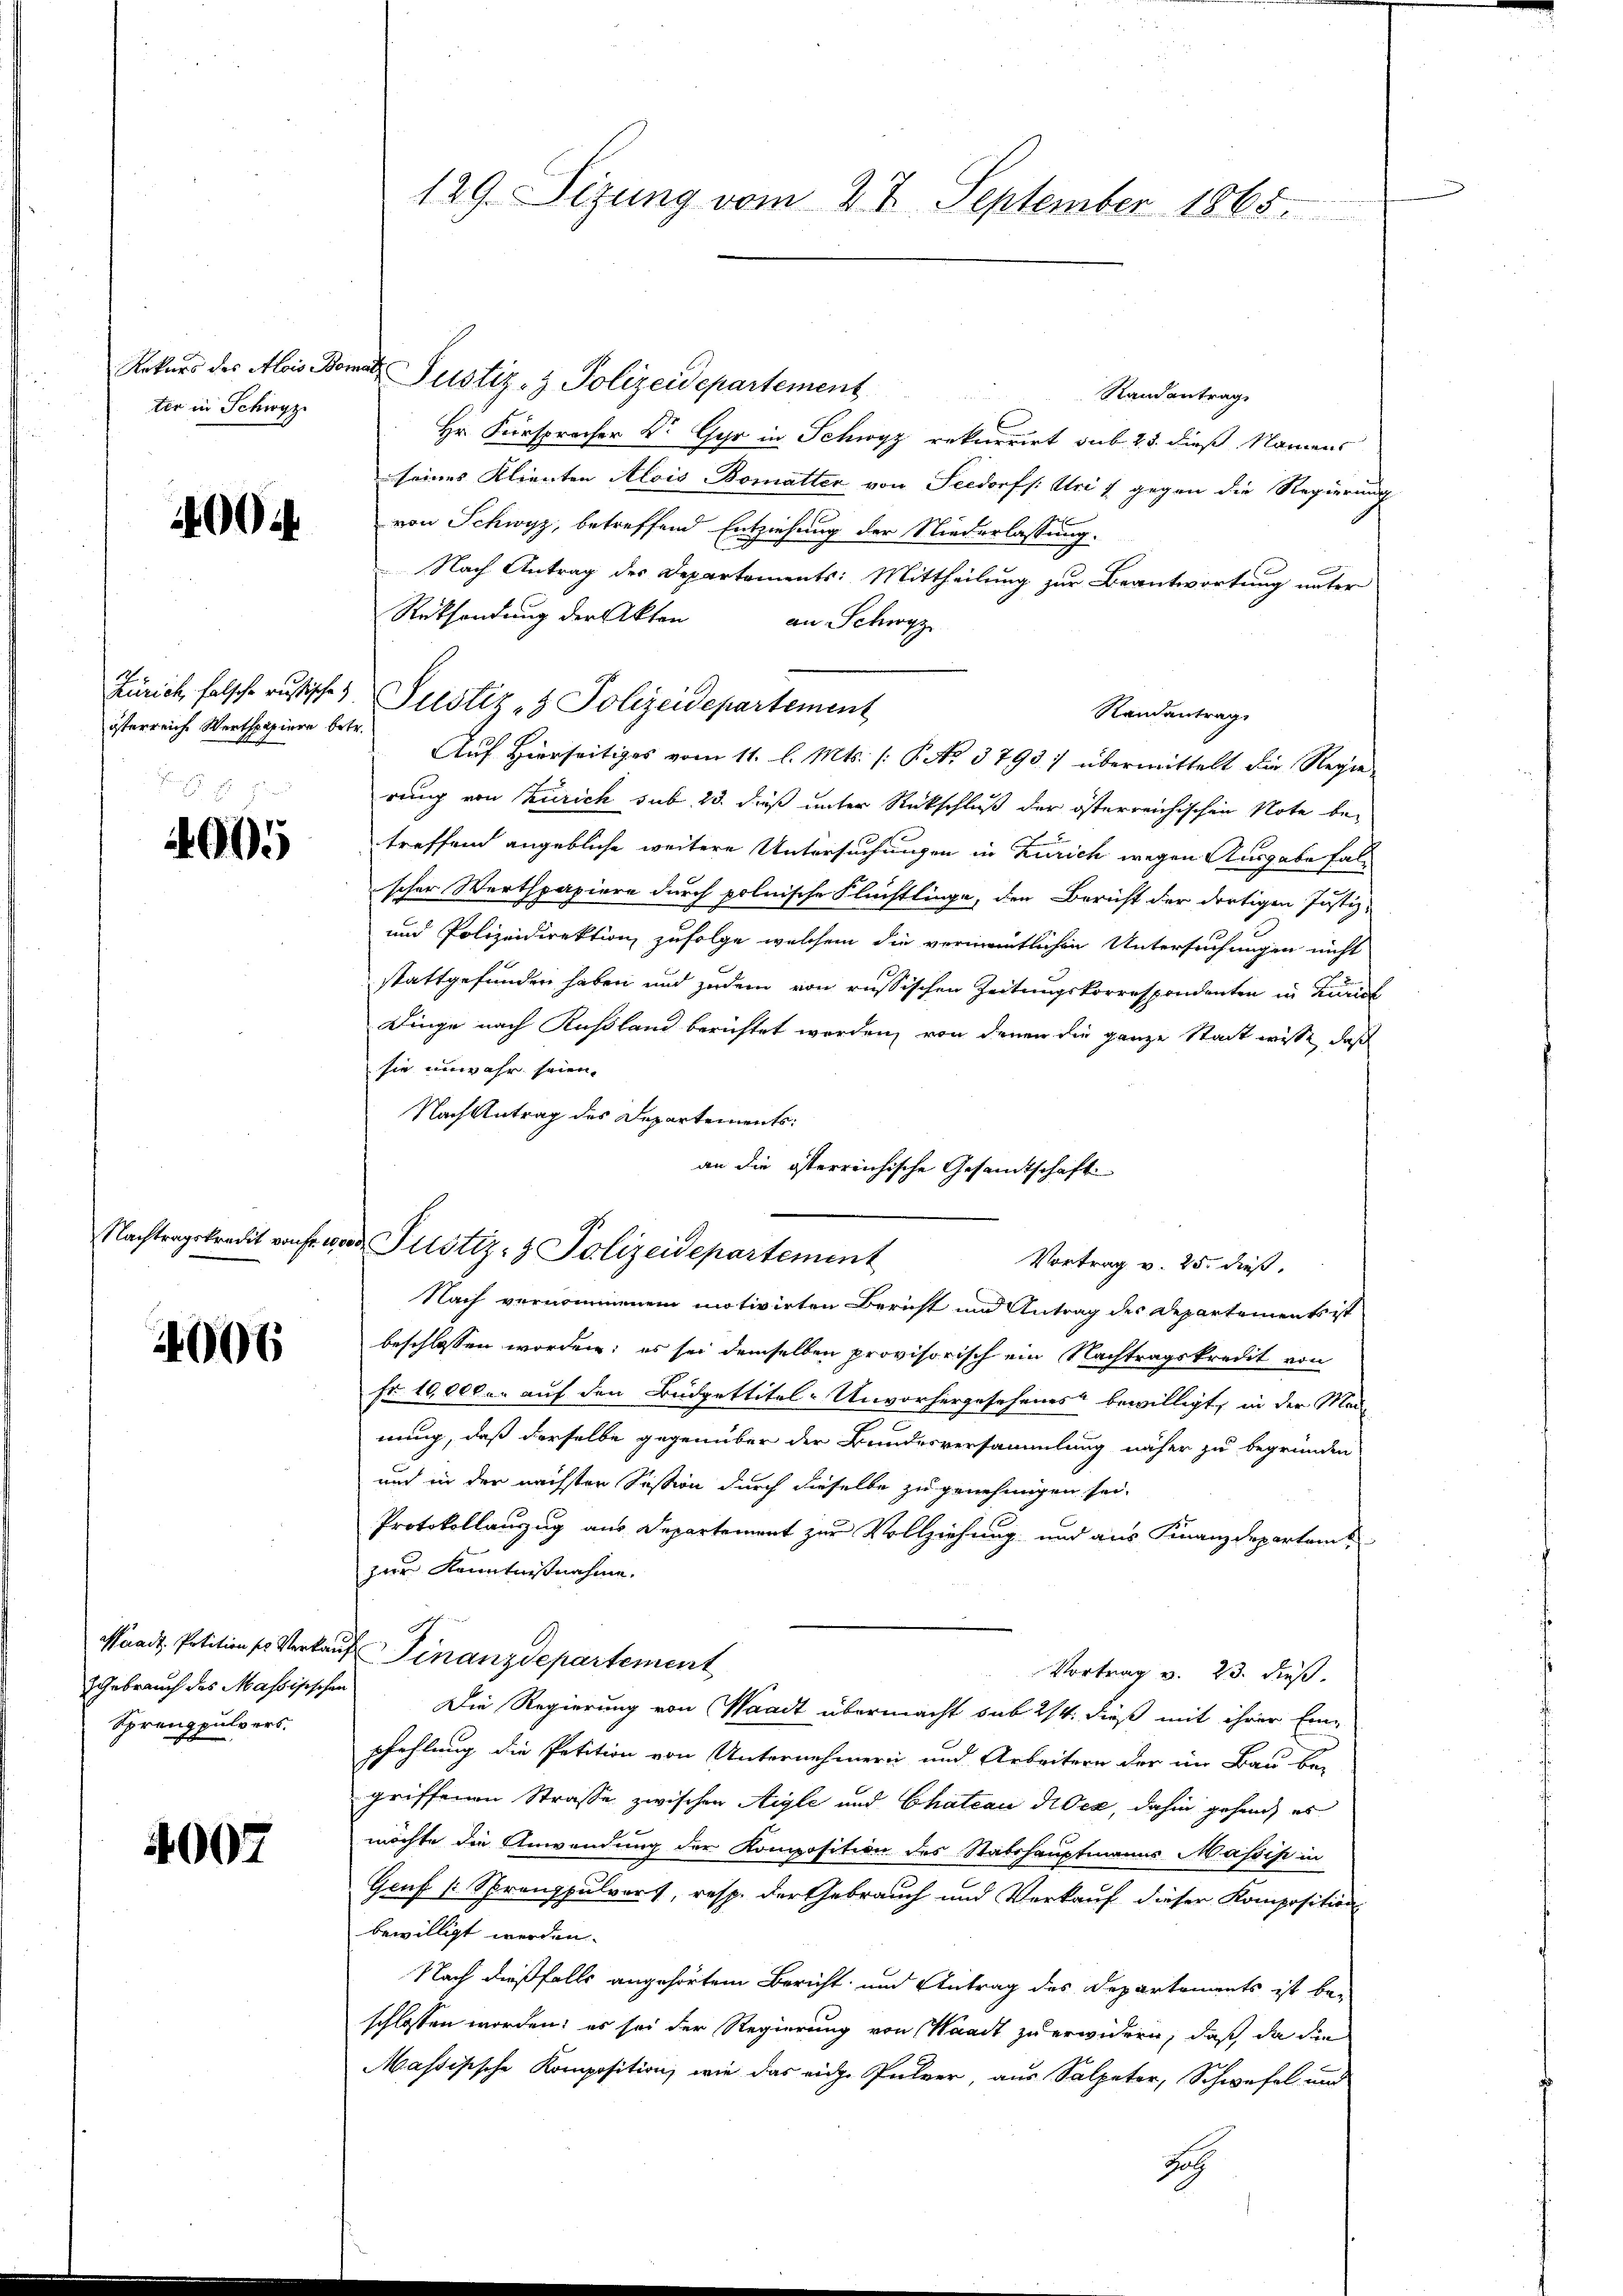
Rekurs des Alois Bor
ter in Schwyz

4004

Zürich, falsche russische
isterreiche Werthpapiere betr

4005

4006

Sprengpulvers.

4007

129. Sizung vom 27. September 1865.

rut Justiz- & Polizeidepartement
Randantrag
Hr. Fürsprocher Dr. Gyr in Schwyz rekurrirt sub 25. dieß Namens
seines Klienten Alois Bomatter von Seedorf /: Uri 7 gegen die Regierung
von Schwyz, betreffend Entziehung der Niederlassung.
Nach Antrag des Departements: Mittheilung zur Beantwortung unter
Rücksendung der Akten
an Schwyz
Justiz- & Polizeidepartement
Randantrag
Auf Hierseitiges vom 11. l. Mts. (: P. Nr. 3793) übermittelt die Regie-
rung von Zürich sub 23. dieß unter Rückschluß der österreichischen Note bei
treffend angebliche weitere Untersuchungen in Zürich wegen Ausgabe falscher Werthpapiere durch polnische Flüchtlinge, den Bericht der dortigen Justiz-
und Polizeidirektion zufolge welchem die vermeintlichen Untersuchungen nicht
stattgefunden haben und zudem von russischen Zeitungskorrespondenten in Zürich
Dinge nach Kußland berichtet werden, von denen die ganze Stadt wisse, daß
sie unwahr seien.
Nach Antrag des Departements:
an die österreichische Gesamtschaft

Nachtragskredit von wer Justiz- & Polizeidepartement
Vortrag v. 25. dieß,

Nach vernommenen motivirten Bericht um Antrag des Departements ist
beschlossen worden; es sei demselben provisorisch ein Nachtragskredit von
fr. 10,000 er auf den Budgettitel-Unvorhergesehenes“ bewilligt, in der Mad
nung, daß derselbe gegenüber der Bundesversammlung näher zu begründen
und in der nächsten Sission durch dieselbe zu genehmigen sei.
Protokollauszug aus Departement zur Vollziehung und aus Finanzdepartams
zur Kenntnißnahme.
.
Waadt, Petitions Verkauf Finanzdepartement
Vortrag v. 23. dieß.
ZGebrauch des Massisischen Die Regierung von Waadt übermacht sub 2/4. dieß mit ihrer Ein-
pfehlung die Petition von Unternehmern und Arbeitern der im Bau bei
griffenen Strasse zwischen Aigle und Chateau disen, dahin gehand, es
möchte die Anwendung der Komposition des Stabshauptmanns Massist in
Gruf [Sprouppulvers, resp. der Gebrauch und Verkauf dieser Komposition
bewilligt werden.
Nach dießfalls angehörtem Bericht und Antrag des Departements ist be-
schlossen worden; es sei der Regierung von Waadt zu erwidern, daß, da die
Massisische Komposition, wie das eiche Pulver, aus Salpeter, Schwefel und
Sach